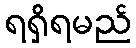
ရရှိရမည်